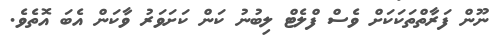
ނޫން ފަރާތްތަކަކަށް ވެސް ފްލެޓް ލިބުނު ކަން ކަށަވަރު ވާކަން އެބަ އޮތެވެ.